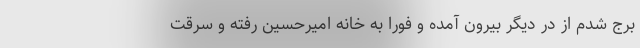
برج شدم از در دیگر بیرون آمده و فوراً به خانه امیرحسین رفته و سرقت